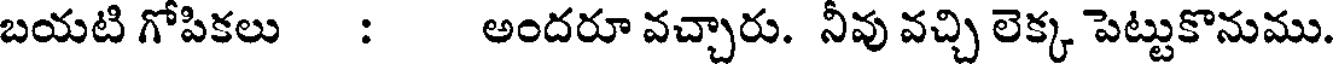
బయటి గోపికలు : అందరూ వచ్చారు. నీవు వచ్చి లెక్క పెట్టుకొనుము.